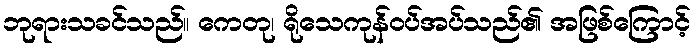
ဘုရားသခင်သည်။ ကေတု၊ ရိုသေကုန်ဝပ်အပ်သည်၏ အဖြစ်ကြောင့်